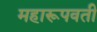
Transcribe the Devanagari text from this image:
महारूपवती